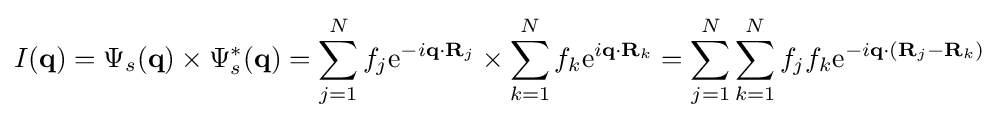
I(\mathbf {q} )=\Psi _{s}(\mathbf {q} )\times \Psi _{s}^{*}(\mathbf {q} )=\sum _{j=1}^{N}f_{j}\mathrm {e} ^{-i\mathbf {q} \cdot \mathbf {R} _{j}}\times \sum _{k=1}^{N}f_{k}\mathrm {e} ^{i\mathbf {q} \cdot \mathbf {R} _{k}}=\sum _{j=1}^{N}\sum _{k=1}^{N}f_{j}f_{k}\mathrm {e} ^{-i\mathbf {q} \cdot (\mathbf {R} _{j}-\mathbf {R} _{k})}